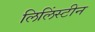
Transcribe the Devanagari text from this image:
लिलिंस्टीन